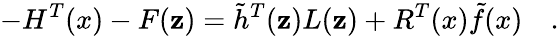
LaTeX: -H^{T}(x)-F(\mathbf{z})=\tilde{{h}}^{T}(\mathbf{z})L(\mathbf{z})+R^{T}(x)\tilde{{f}}(x)\quad.